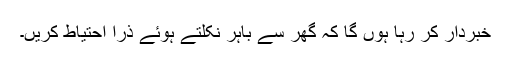
خبردار کر رہا ہوں گا کہ گھر سے باہر نکلتے ہوئے ذرا احتیاط کریں۔